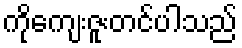
ကိုကျေးဇူးတင်ပါသည်